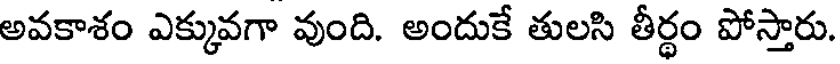
అవకాశం ఎక్కువగా వుంది. అందుకే తులసి తీర్థం పోస్తారు.